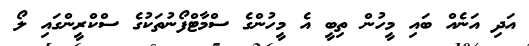
އަދި އަނެއް ބައި މީހުން ތިބީ އެ މީހުންގެ ސްމާޓްފޯނުތަކުގެ ސްކްރީންގައި ލޯ